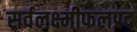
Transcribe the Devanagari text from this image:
सर्वलक्ष्मीफलप्रद